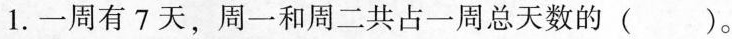
1.一周有7天，周一和周二共占一周总天数的( )。